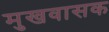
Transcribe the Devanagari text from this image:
मुखवासक